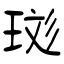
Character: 珳